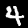
Label: 4